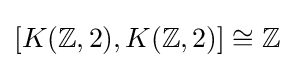
[K(\mathbb {Z} ,2),K(\mathbb {Z} ,2)]\cong \mathbb {Z}